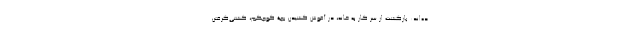
ده‌اند: بازگشت از سر کار به خانه، در آغوش کشیدنِ بچۀ کوچکم، کشتی‌گرفتن